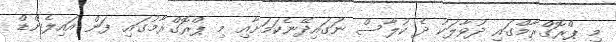
މި ޕްރޮގްރާމްގައި ދުވާލަކު ދެ ކުލާސް ނަގައިދޭނެކަމަށާއި މި ޕްރޮގްރާމުގައި ފަން އައިލެންޑް